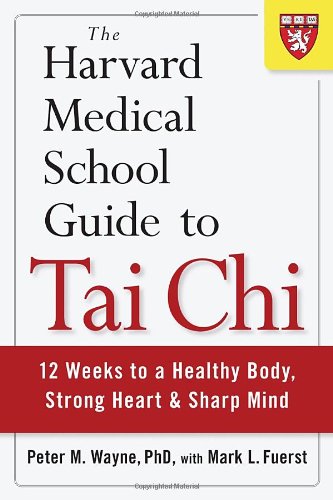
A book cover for The Harvard Medical School Guide to Tai Chi: 12 Weeks to a Healthy Body, Strong Heart, and Sharp Mind (Harvard Health Publications); Peter Wayne; Health, Fitness & Dieting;